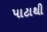
પાટાથી